Insane asylums in Bengal annual reports 1867-1875 - 1867-1875
Year: 1867
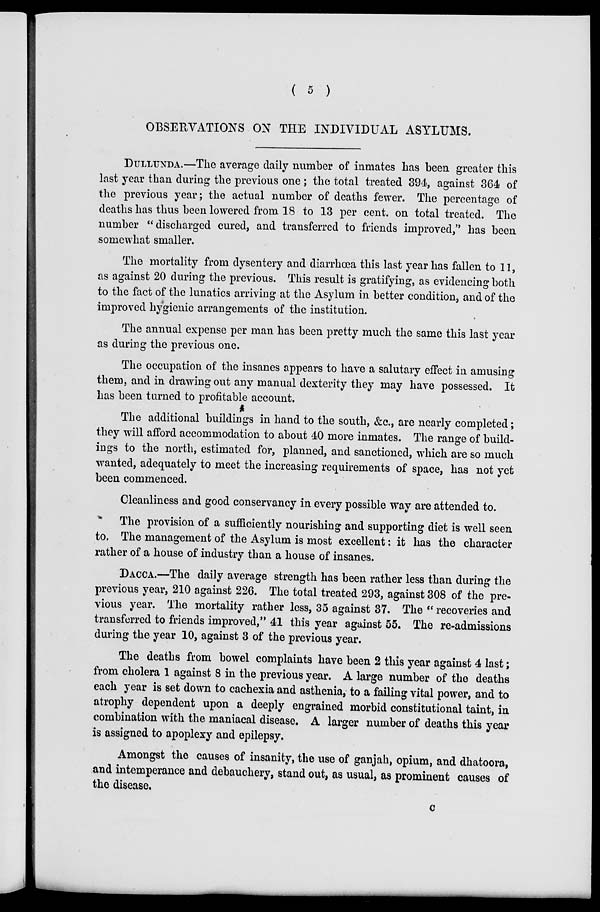
( 5 )
OBSERVATIONS ON THE INDIVIDUAL ASYLUMS.
DULLUNDA.—The average daily number of inmates has been greater this
last year than during the previous one ; the total treated 394, against 364 of
the previous year; the actual number of deaths fewer. The percentage of
deaths has thus been lowered from 18 to 13 per cent. on total treated. The
number "discharged cured, and transferred to friends improved," has been
somewhat smaller.
The mortality from dysentery and diarrhœa this last year has fallen to 11,
as against 20 during the previous. This result is gratifying, as evidencing both
to the fact of the lunatics arriving at the Asylum in better condition, and of the
improved hygienic arrangements of the institution.
The annual expense per man has been pretty much the same this last year
as during the previous one.
The occupation of the insanes appears to have a salutary effect in amusing
them, and in drawing out any manual dexterity they may have possessed. It
has been turned to profitable account.
The additional buildings in hand to the south, &c., are nearly completed;
they will afford accommodation to about 40 more inmates. The range of build-
ings to the north, estimated for, planned, and sanctioned, which are so much
wanted, adequately to meet the increasing requirements of space, has not yet
been commenced.
Cleanliness and good conservancy in every possible way are attended to.
The provision of a sufficiently nourishing and supporting diet is well seen
to. The management of the Asylum is most excellent: it has the character
rather of a house of industry than a house of insanes.
DACCA.—The daily average strength has been rather less than during the
previous year, 210 against 226. The total treated 293, against 308 of the pre-
vious year. The mortality rather less, 35 against 37. The " recoveries and
transferred to friends improved," 41 this year against 55. The re-admissions
during the year 10, against 3 of the previous year.
The deaths from bowel complaints have been 2 this year against 4 last;
from cholera 1 against 8 in the previous year. A large number of the deaths
each year is set down to cachexia and asthenia, to a failing vital power, and to
atrophy dependent upon a deeply engrained morbid constitutional taint, in
combination with the maniacal disease. A larger number of deaths this year
is assigned to apoplexy and epilepsy.
Amongst the causes of insanity, the use of ganjah, opium, and dhatoora,
and intemperance and debauchery, stand out, as usual, as prominent causes of
the disease.
C